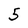
Character: 5